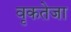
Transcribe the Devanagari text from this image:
वृकतेजा